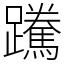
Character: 䠮